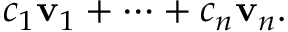
c _ { 1 } \mathbf { v } _ { 1 } + \cdots + c _ { n } \mathbf { v } _ { n } .